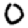
Digit: 0